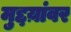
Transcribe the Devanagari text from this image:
मुद्दय़ांवर